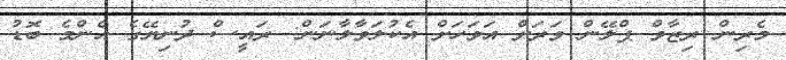
މެރިން ރިޒާވް ޕްލޭން ވަރަށް އަވަހަށް އެކުލަވާލާނަން: ރައީސް ދުނިޔޭގެ އެންމެ ބޮޑު